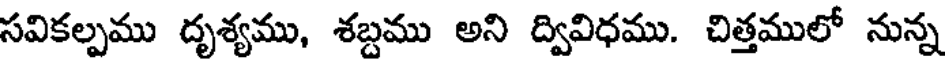
సవికల్పము దృశ్యము, శబ్దము అని ద్వివిధము. చిత్తములో నున్న